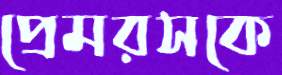
প্রেমরসকে